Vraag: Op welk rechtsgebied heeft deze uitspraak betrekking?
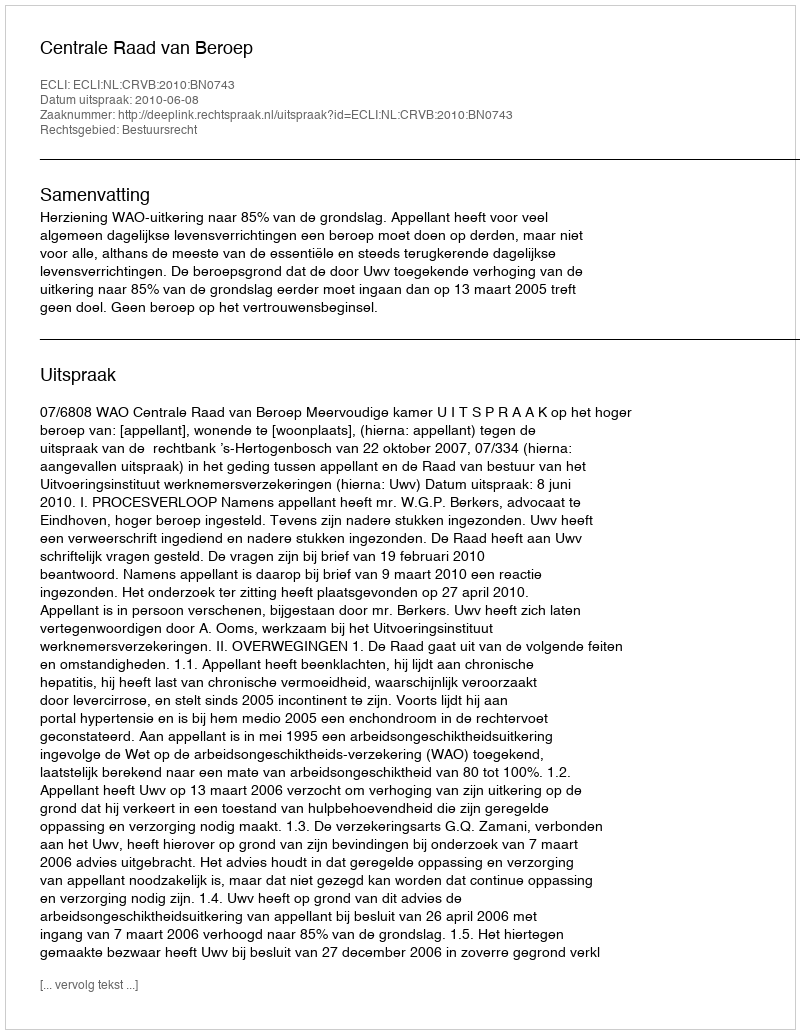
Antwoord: Bestuursrecht